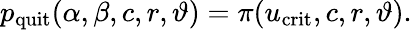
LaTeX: p_{\mathrm{quit}}(\alpha,\beta,c,r,\vartheta)=\pi(u_{\mathrm{crit}},c,r,\vartheta).